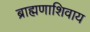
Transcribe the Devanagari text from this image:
ब्राह्मणाशिवाय